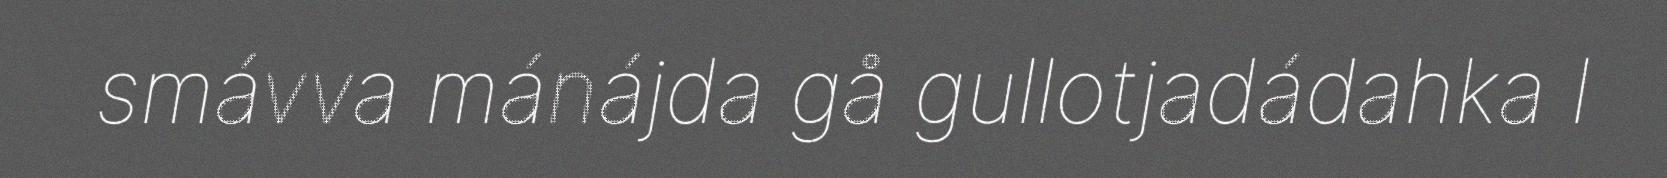
smávva mánájda gå gullotjadádahka l